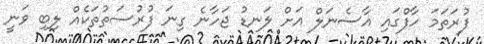
ފުރަތަމަ ހާފްގައި އާސެނަލް އަށް ލަނޑު ޖަހާނެ ގިނަ ފުރުސަތުތަކެއް ލިބި ވަނީ